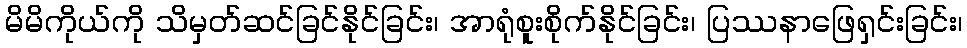
မိမိကိုယ်ကို သိမှတ်ဆင်ခြင်နိုင်ခြင်း၊ အာရုံစူးစိုက်နိုင်ခြင်း၊ ပြဿနာဖြေရှင်းခြင်း၊